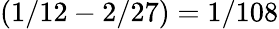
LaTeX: (1/12-2/27)=1/108